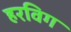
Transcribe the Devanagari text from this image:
हरविग